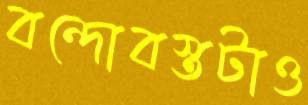
বন্দোবস্তটাও